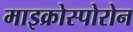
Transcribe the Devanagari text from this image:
माइक्रोस्पोरोन